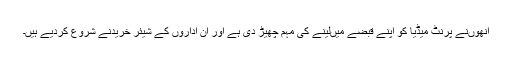
انھوںنے پرنٹ میڈیا کو اپنے قبضے میںلینے کی مہم چھیڑ دی ہے اور ان اداروں کے شیئر خریدنے شروع کردیے ہیں۔